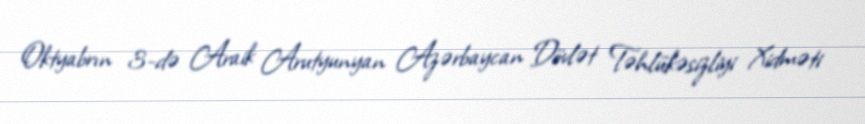
Oktyabrın 3-də Araik Arutyunyan Azərbaycan Dövlət Təhlükəsizliyi Xidməti